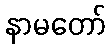
နာမတော်